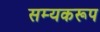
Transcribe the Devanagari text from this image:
सम्यकरूप